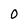
Character: 0